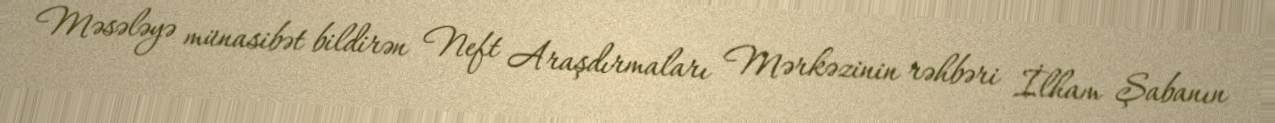
Məsələyə münasibət bildirən Neft Araşdırmaları Mərkəzinin rəhbəri İlham Şabanın